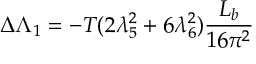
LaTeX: \Delta \Lambda _ { 1 } = - T ( 2 \lambda _ { 5 } ^ { 2 } + 6 \lambda _ { 6 } ^ { 2 } ) { \frac { L _ { b } } { 1 6 \pi ^ { 2 } } }